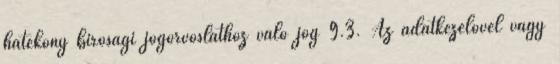
hatékony bírósági jogorvoslathoz való jog 9.3. Az adatkezelővel vagy